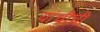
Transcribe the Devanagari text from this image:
यांचीची